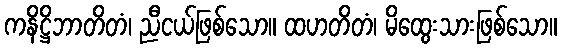
ကနိဋ္ဌိဘာတိတံ၊ ညီငယ်ဖြစ်သော။ ထဟတိတံ၊ မိထွေးသားဖြစ်သော။